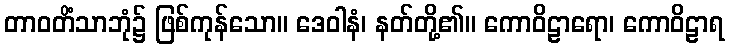
တာဝတိံသာဘုံ၌ ဖြစ်ကုန်သော။ ဒေဝါနံ၊ နတ်တို့၏။ ကောဝိဠာရော၊ ကောဝိဠာရ